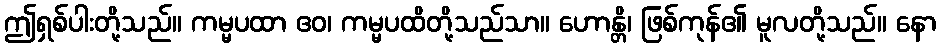
ဤရှစ်ပါးတို့သည်။ ကမ္မပထာ ဧဝ၊ ကမ္မပထိတို့သည်သာ။ ဟောန္တိ၊ ဖြစ်ကုန်၏ မူလတို့သည်။ နော